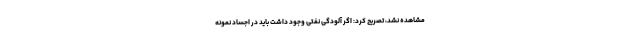
مشاهده نشد، تصریح کرد: اگر آلودگی نفتی وجود داشت باید در اجساد نمونه